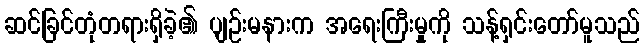
ဆင်ခြင်တုံတရားရှိခဲ့၏ ပျဉ်းမနားက အရေးကြီးမှုကို သန့်ရှင်းတော်မူသည်